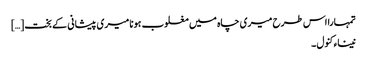
تمہارا اس طرح میری چاہ میں مغلوب ہونا میری پیشانی کے بخت […]
نیناء کنول ۔